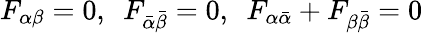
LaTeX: F_{\alpha\beta}=0,\ \ F_{\bar{\alpha}\bar{\beta}}=0,\ \ F_{\alpha\bar{\alpha}}+F_{\beta\bar{\beta}}=0